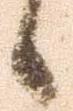
候